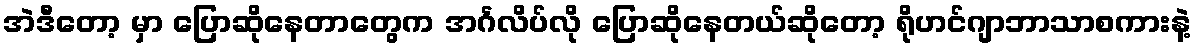
အဲဒီတော့ မှာ ပြောဆိုနေတာတွေက အင်္ဂလိပ်လို ပြောဆိုနေတယ်ဆိုတော့ ရိုဟင်ဂျာဘာသာစကားနဲ့